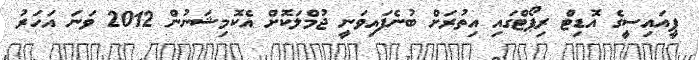
ޕީއައިސީގެ އޮޑިޓް ރިޕޯޓްގައި އިތުރަށް ބުނެފައިވަނީ ޖުމްލަކޮށް އެކޮމިޝަނުން 2012 ވަނަ އަހަރު